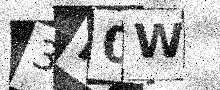
Text: 3I0W